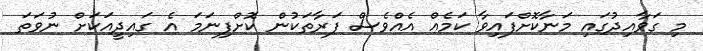
މި ގަވާއިދުގައި މަނާކޮށްފައިވާ ކަމެއް އެއްވެސް ފަރާތަކުން ކޮށްފިނަމަ އެ ގައިދީއަކަށް ނުވަތަ